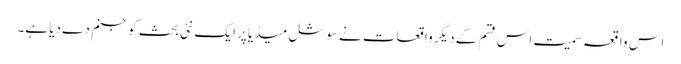
اس واقعہ سمیت اس قسم کے دیگر واقعات نے سوشل میڈیا پر ایک نئی بحث کو جنم دے دیا ہے۔